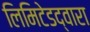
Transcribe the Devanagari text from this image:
लिमिटेडद्वारा